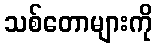
သစ်တောများကို